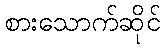
စားသောက်ဆိုင်